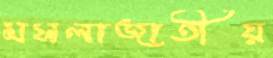
মসলাজাতীয়